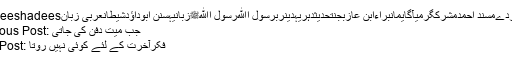
Ahadeeshadeesموحّدمردےمسند احمدمشرکگرمیآگایمانبراءابن عازبجنتحدیثدہریہدینربرسول اﷲرسول اﷲﷺزبانیہسنن ابوداؤدشیطانعربی زبان
Previous Post: جب میت دفن کی جاتی
Next Post: فکرِآخرت کے لئے کوئی نہیں روتا